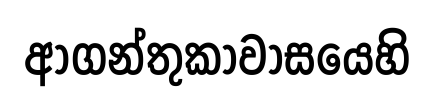
ආගන්තුකාවාසයෙහි